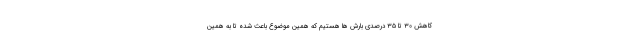
کاهش ۳۰ تا ۳۵ درصدی بارش ها هستیم که همین موضوع باعث شده تا به همین